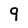
Character: 9